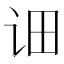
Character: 𮷆